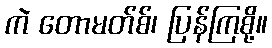
ကဲ တောမတ်စ်၊ ပြန်ကြစို့။